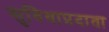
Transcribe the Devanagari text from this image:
सुविधाप्रदाता